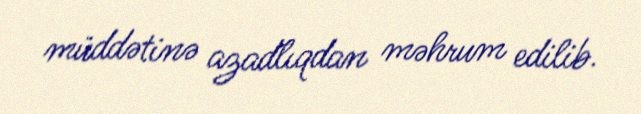
müddətinə azadlıqdan məhrum edilib.